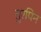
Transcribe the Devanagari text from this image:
तुरपिन